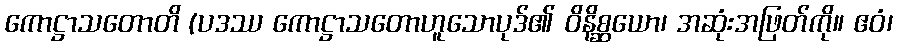
ကောဋ္ဌာသတောတိ (ပဒဿ ကောဋ္ဌာသတောဟူသောပုဒ်၏ ဝိနိစ္ဆယော၊ အဆုံးအဖြတ်ကို။ ဧဝံ၊